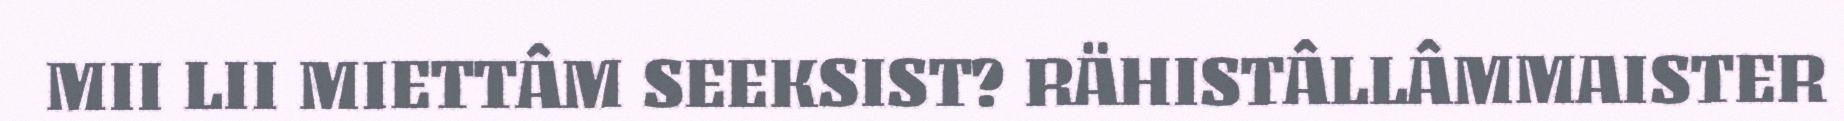
MII LII MIETTÂM SEEKSIST? RÄHISTÂLLÂMMAISTER